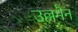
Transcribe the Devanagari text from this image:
उल्लमैन